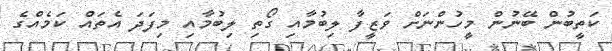
ކަތީބުން ބޭނުން މީހުންނަށް ވަޒީފާ ލިބުމާއި ގޯތި ލިބުމާއި މިފަދަ އެތައް ކަމެއްގެ